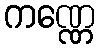
ကဏ္ဏေ